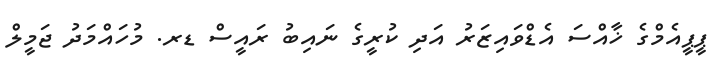
ޕީޕީއެމްގެ ޚާއްސަ އެޑްވައިޒަރު އަދި ކުރީގެ ނައިބު ރައީސް ޑރ. މުހައްމަދު ޖަމީލް